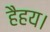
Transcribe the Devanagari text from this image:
हैहय।